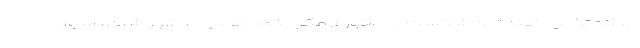
اینکه ترامپ گفته "من شکست نمی‌خورم مگر اینکه تقلبی در کار باشد"، بسیار